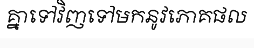
គ្នាទៅវិញទៅមកនូវភោគផល